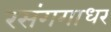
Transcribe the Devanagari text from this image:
रसंगगाधर